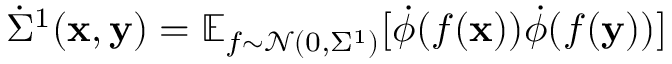
\dot { \Sigma } ^ { 1 } ( \mathbf x , \mathbf y ) = \mathbb { E } _ { f \sim \mathcal { N } ( 0 , \Sigma ^ { 1 } ) } [ \dot { \phi } ( f ( \mathbf { x } ) ) \dot { \phi } ( f ( \mathbf { y } ) ) ]